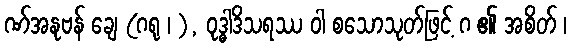
ဏ်အနုဗန် ချေ (ဂရု ၊ ), ဝုဒ္ဓါဒိသရဿ ဝါ စသောသုတ်ဖြင့် ဂ ၏ အစိတ် ၊